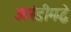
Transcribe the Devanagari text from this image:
उतरंडीमद्धे